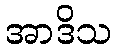
အာဒိသ